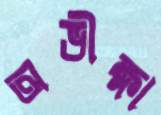
অভীক্ষা